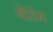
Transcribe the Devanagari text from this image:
गेडिंग